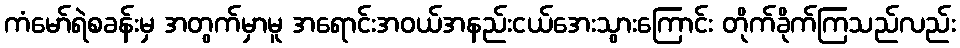
ကံမော်ရဲစခန်းမှ အတွက်မှာမူ အရောင်းအဝယ်အနည်းငယ်အေးသွားကြောင်း တိုက်ခိုက်ကြသည်လည်း